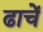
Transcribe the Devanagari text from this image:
ढाचें